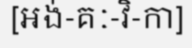
[អង់-គៈ-វិ-កា]